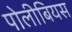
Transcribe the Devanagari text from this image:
पोलीबियस